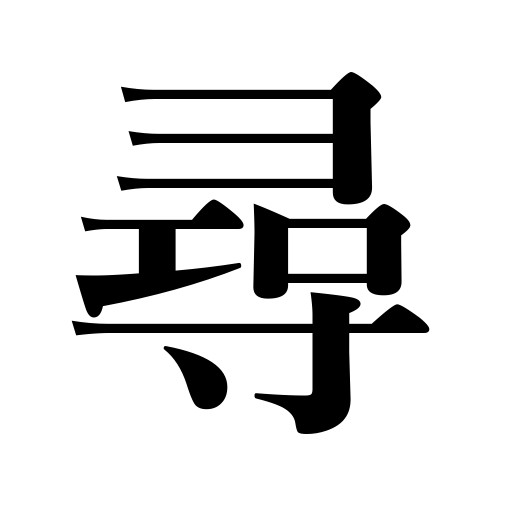
Meanings: ask someone a question,inquire for,look for,fathom